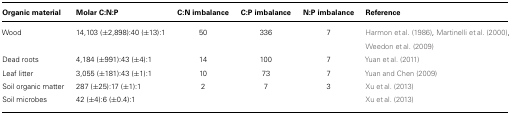
| Organic material | Molar C:N:P | C:N imbalance | C:P imbalance | N:P imbalance | Reference |
 | --- | --- | --- | --- | --- | --- |
 | Wood | 14,103 (±2,898):40 (±13):1 | 50 | 336 | 7 | Harmon et al. (1986), Martinelli et al. (2000), Weedon et al. (2009) |
 | Dead roots | 4,184 (±991):43 (±4):1 | 14 | 100 | 7 | Yuan et al. (2011) |
 | Leaf litter | 3,055 (±181):43 (±1):1 | 10 | 73 | 7 | Yuan and Chen (2009) |
 | Soil organic matter | 287 (±25):17 (±1):1 | 2 | 7 | 3 | Xu et al. (2013) |
 | Soil microbes | 42 (±4):6 (±0.4):1 |  |  |  | Xu et al. (2013) |